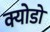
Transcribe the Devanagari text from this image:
क्योडो